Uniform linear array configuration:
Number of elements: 32
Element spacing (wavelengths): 0.75
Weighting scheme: kaiser
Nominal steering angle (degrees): -30
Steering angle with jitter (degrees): -30.197
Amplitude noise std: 0.05
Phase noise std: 0.05

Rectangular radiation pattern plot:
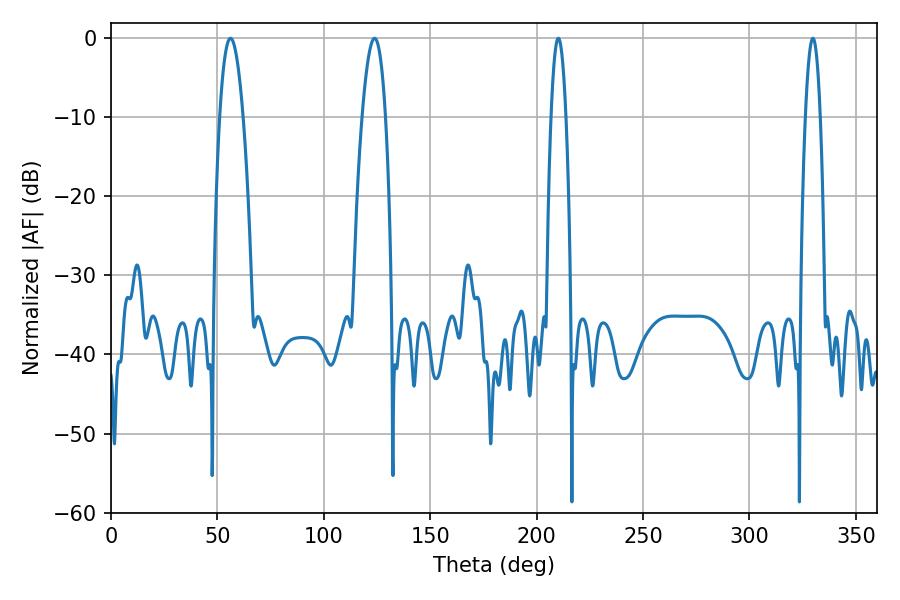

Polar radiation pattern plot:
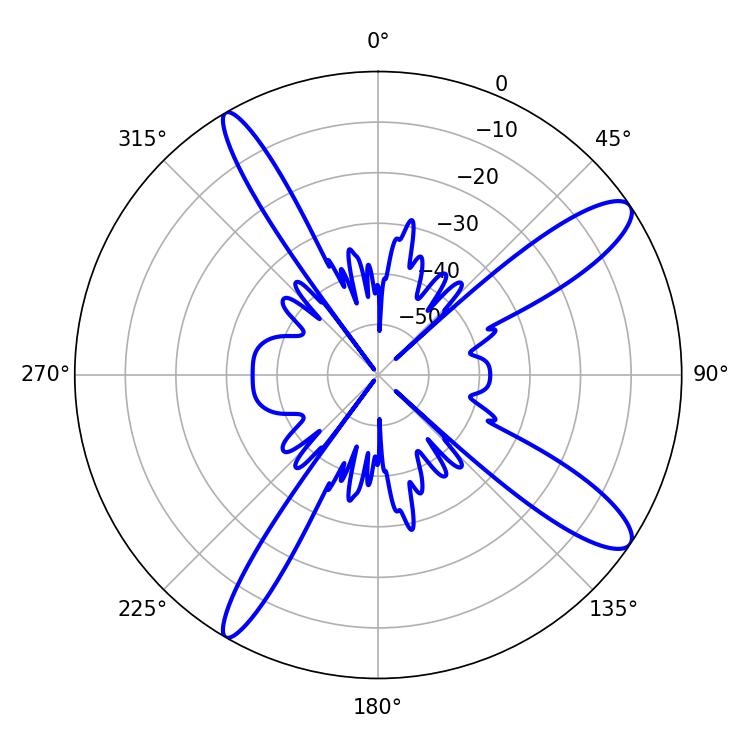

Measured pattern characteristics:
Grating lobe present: TRUE
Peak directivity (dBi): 12.357
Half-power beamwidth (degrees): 5.94
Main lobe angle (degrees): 56.16